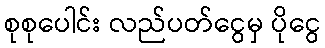
စုစုပေါင်း လည်ပတ်ငွေမှ ပိုငွေ